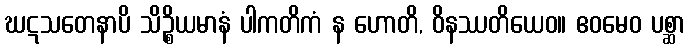
ဃဋသတေနာပိ သိဉ္စိယမာနံ ပါကတိကံ န ဟောတိ, ဝိနဿတိယေဝ။ ဧဝမေဝ ပစ္ဆာ